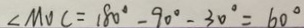
\angle M O C = 1 8 0 ^ { \circ } - 9 0 ^ { \circ } - 3 0 ^ { \circ } = 6 0 ^ { \circ }